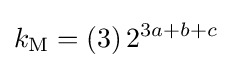
k_{\textrm {M}}=\left(3\right)2^{3a+b+c}